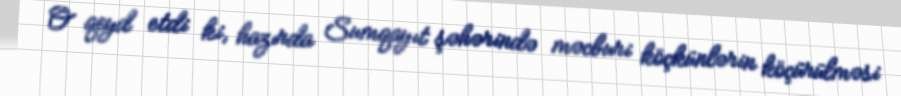
O qeyd etdi ki, hazırda Sumqayıt şəhərində məcburi köçkünlərin köçürülməsi